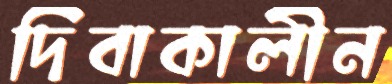
দিবাকালীন